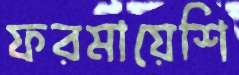
ফরমায়েশি